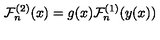
{ \cal F } _ { n } ^ { ( 2 ) } ( x ) = g ( x ) { \cal F } _ { n } ^ { ( 1 ) } ( y ( x ) )